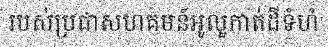
របស់ប្រជាសហគមន៍អូលួកាត់ដីទំហំ